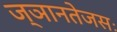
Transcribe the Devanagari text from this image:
ज्ञानतेजसः